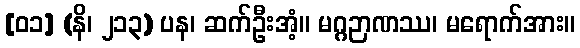
[၀၁] (နိ၊ ၂၁၃) ပန၊ ဆက်ဦးအံ့။ မဂ္ဂဉာဏဿ၊ မရောက်အား။